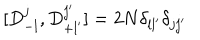
[ D _ { - l } ^ { j } , D _ { + l ^ { \prime } } ^ { j ^ { \prime } } ] = 2 N \delta _ { l l ^ { \prime } } \delta _ { j j ^ { \prime } }